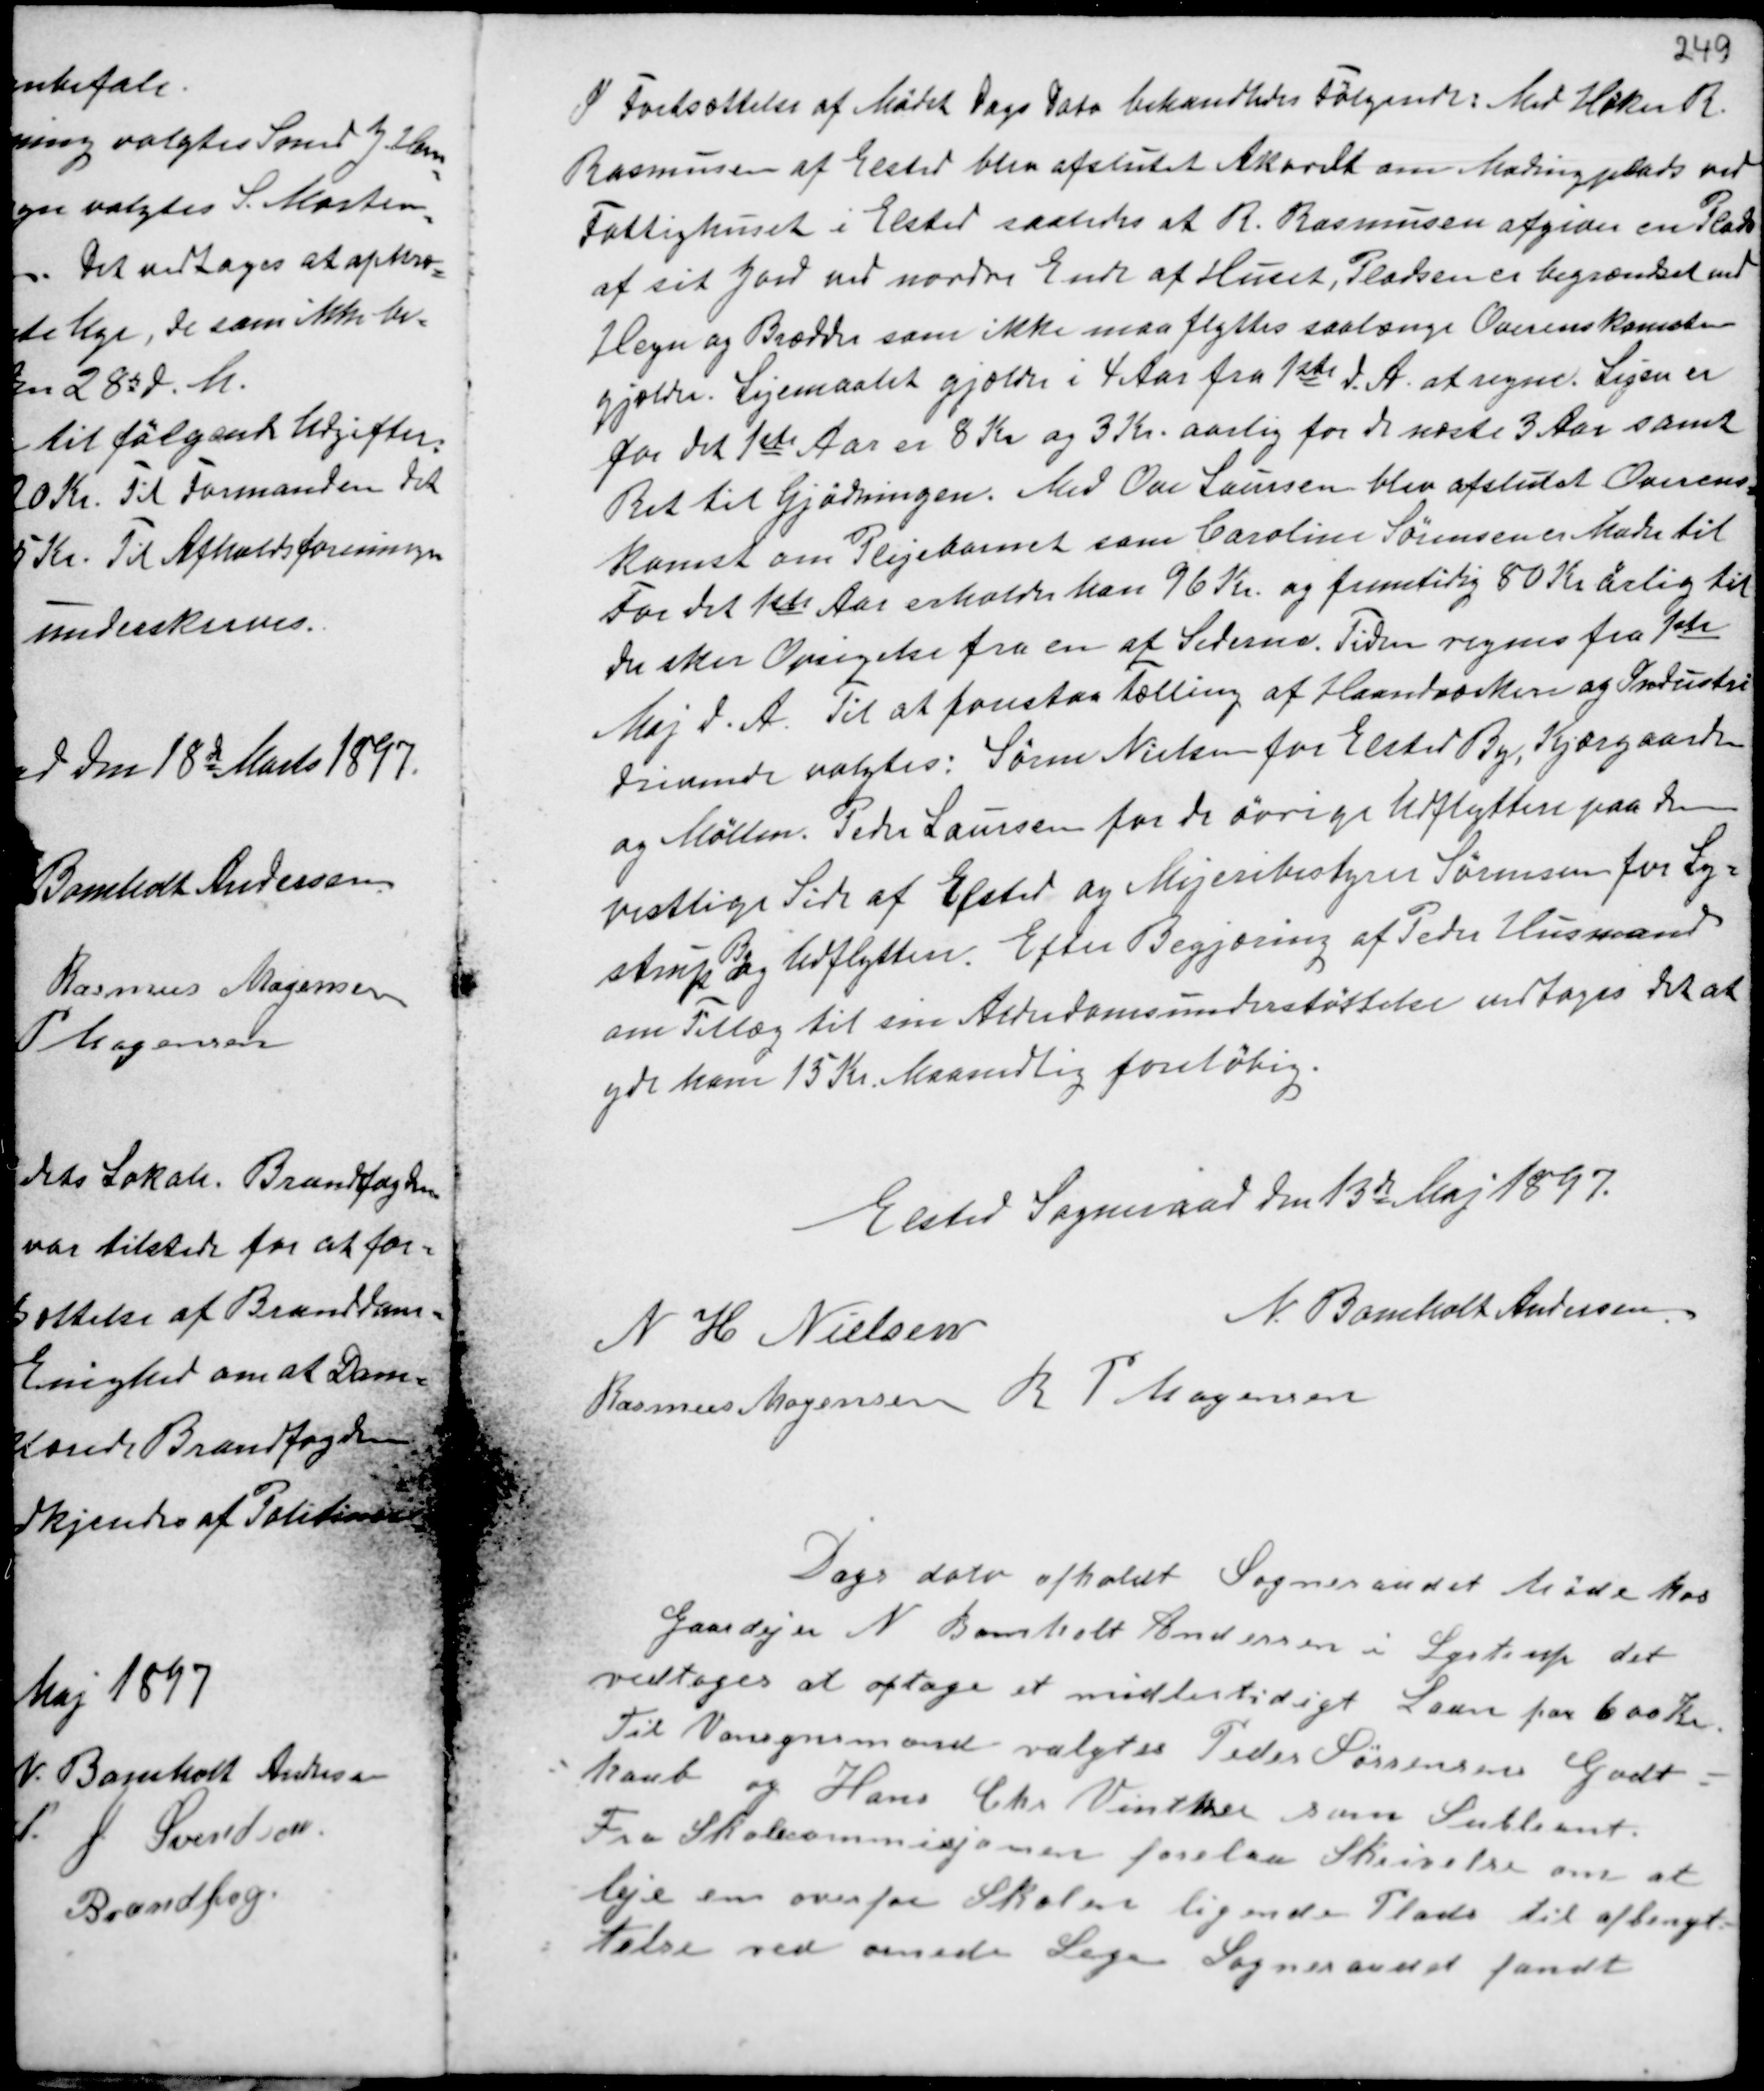
Transskription:
I Fortsættelse af Mødet Dags Dato behandledes Følgende: Med Høker R.
Rasmussen af Elsted blev afsluttet Akordt om Madingsplads ved
Fattighuset i Elsted saaledes at R. Rasmussen afgiver en Plads
af sit Jord ved nordre Ende af Huset, Pladsen er begrænset ved
Hegn og Brædder som ikke maa flyttes saalænge Overenskomsten
gjælder. Lejemaalet gjælder i 4 Aar fra 1ste d.A. at regne. Lejen er
for det 1ste Aar er 8 Kr og 3 Kr. aarlig for de næste 3 Aar samt
Ret til Gjødningen. Med Ove Laursen blev afslutet Overens-
komst om Plejebarnet som Caroline Sørensen er Moder til
For det 1ste Aar erholder han 96 Kr. og fremtidig 80 Kr årlig til
der sker Opsigelse fra en af Siderne. Tiden regnes fra 1ste
Maj d.A. Til at forestaa Tælling af Haandværkere og Industri
drivende valgtes: Søren Nielsen for Elsted By, Kjærgaarden
og Møllen. Peder Laursen for de øvrige tilflyttere paa den
vestlige Side af Elsted og Mejeribestyrer Sørensen for Ly-
strup
B
y og tilflyttere. Efter Begjæring af Peder Husmand
om Tillæg til sin Alderdomsunderstøttelse vedtoges det at
yde ham 15 Kr. Maanedlig foreløbig.

Elsted Sogneraad den 13de Maj 1897.
N H Nielsen
N. Bomholt Andersen
Rasmus Mogensen R P Mogensen

Dags Dato afholdt Sogneraadet Møde hos
Gaardejer N. Bomholt Andersen i Lystrup det
vedtoges at optage et midlertidigt Laan paa 600 Kr.
Til Vansynsmand valgtes Peder Sørensen Godt-
haab og Hans Chr. Vinther som Supleant.
Fra Skolekommisjonen forelaa Skrivelse om at
leje en overfor Skolen ligende Plads til afbenyt-
telse ved oversete Lege Sogneraadet fandt